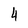
Character: 4